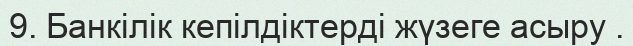
9. Банкілік кепілдіктерді жүзеге асыру .